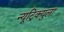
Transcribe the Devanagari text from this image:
न्यूट्रिक्युला